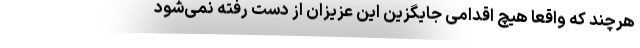
هرچند که واقعاً هیچ اقدامی جایگزین این عزیزان از دست رفته نمی‌شود